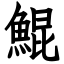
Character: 鯤